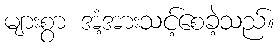
များစွာ အံ့အားသင့်စေခဲ့သည်။